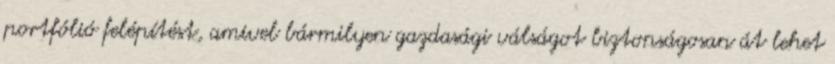
portfólió felépítést, amivel bármilyen gazdasági válságot biztonságosan át lehet